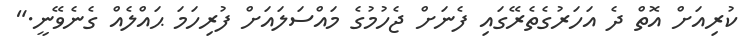
ކުރިއަށް އޮތް ދެ އަހަރުގެތެރޭގައި ފެނަށް ޖެހުމުގެ މައްސަލައަށް ފުރިހަމަ ޙައްލެއް ގެނެވޭނީ."